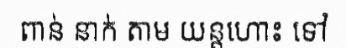
ពាន់ នាក់ តាម យន្តហោះ ទៅ